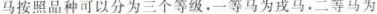
马按照品种可以分为三个等级，一等马为戎马，二等马为